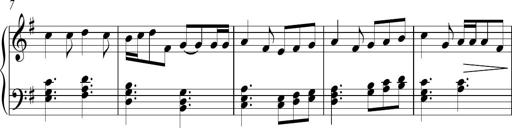
Title: Sonatina no. 2
Composer: Brian Henderson-Sellers
Key: G major